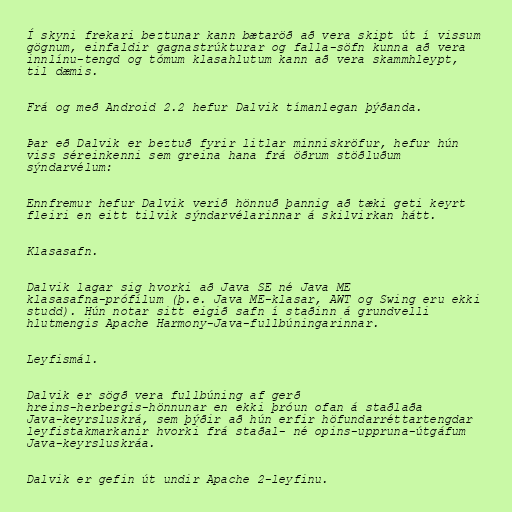
Í skyni frekari beztunar kann bætaröð að vera skipt út í vissum
gögnum, einfaldir gagnastrúkturar og falla-söfn kunna að vera
innlínu-tengd og tómum klasahlutum kann að vera skammhleypt,
til dæmis.

Frá og með Android 2.2 hefur Dalvik tímanlegan þýðanda.

Þar eð Dalvik er beztuð fyrir litlar minniskröfur, hefur hún
viss séreinkenni sem greina hana frá öðrum stöðluðum
sýndarvélum:

Ennfremur hefur Dalvik verið hönnuð þannig að tæki geti keyrt
fleiri en eitt tilvik sýndarvélarinnar á skilvirkan hátt.

Klasasafn.

Dalvik lagar sig hvorki að Java SE né Java ME
klasasafna-prófílum (þ.e. Java ME-klasar, AWT og Swing eru ekki
studd). Hún notar sitt eigið safn í staðinn á grundvelli
hlutmengis Apache Harmony-Java-fullbúningarinnar.

Leyfismál.

Dalvik er sögð vera fullbúning af gerð
hreins-herbergis-hönnunar en ekki þróun ofan á staðlaða
Java-keyrsluskrá, sem þýðir að hún erfir höfundarréttartengdar
leyfistakmarkanir hvorki frá staðal- né opins-uppruna-útgáfum
Java-keyrsluskráa.

Dalvik er gefin út undir Apache 2-leyfinu.